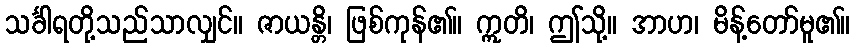
သင်္ခါရတို့သည်သာလျှင်။ ဇာယန္တိ၊ ဖြစ်ကုန်၏။ ဣတိ၊ ဤသို့။ အာဟ၊ မိန့်တော်မူ၏။